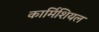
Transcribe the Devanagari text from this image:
कार्मिशियल